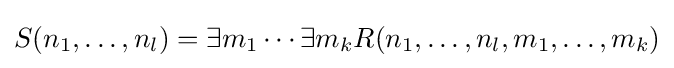
S(n_{1},\ldots ,n_{l})=\exists m_{1}\cdots \exists m_{k}R(n_{1},\ldots ,n_{l},m_{1},\ldots ,m_{k})